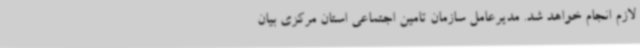
لازم انجام خواهد شد. مدیرعامل سازمان تامین اجتماعی استان مرکزی بیان